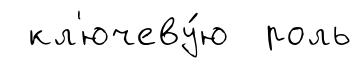
кл'ючеву́ю роль